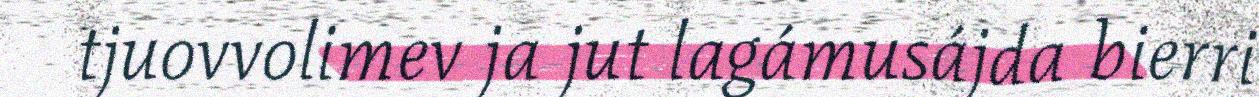
tjuovvolimev ja jut lagámusájda bierri